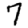
Digit: 7